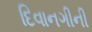
દિવાનગીની